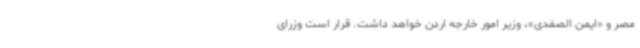
مصر و «ایمن الصفدی»، وزیر امور خارجه اردن خواهد داشت. قرار است وزرای